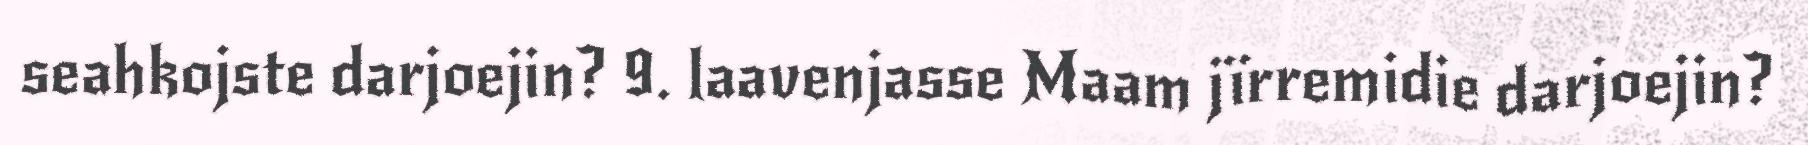
seahkojste darjoejin? 9. laavenjasse Maam jïrremidie darjoejin?